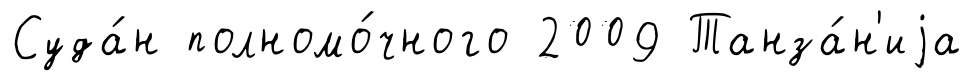
Суда́н полномо́чного 2009 Танза́н'иjа